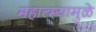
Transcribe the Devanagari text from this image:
महात्म्यामुळे